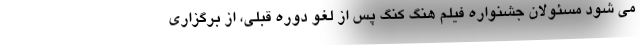
می شود مسئولان جشنواره فیلم هنگ کنگ پس از لغو دوره قبلی، از برگزاری